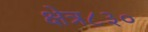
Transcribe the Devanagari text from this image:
क्षेत्र८३०